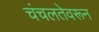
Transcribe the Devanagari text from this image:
चंचलतेवरून